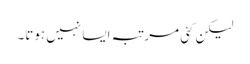
لیکن کئی مرتبہ ایسا نہیں ہوتا۔